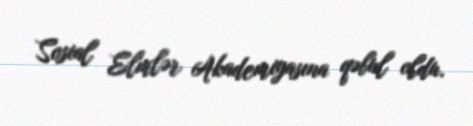
Sosial Elmlər Akademiyasına qəbul oldu.